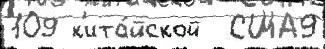
109 к'ита́йской  США9